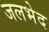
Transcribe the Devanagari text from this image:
जलभेद